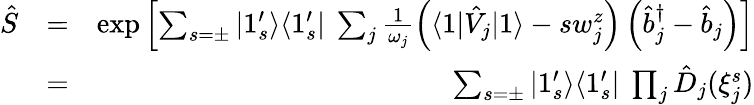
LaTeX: \begin{array}{rlr}{\hat{S}}&{=}&{\exp\left[\sum_{s=\pm}|1_{s}^{\prime}\rangle\langle 1_{s}^{\prime}|\ \sum_{j}\frac{1}{\omega_{j}}\left(\langle 1|\hat{V}_{j}|1\rangle-sw_{j}^{z}\right)\left(\hat{b}_{j}^{\dagger}-\hat{b}_{j}\right)\right]}\\ &{=}&{\sum_{s=\pm}|1_{s}^{\prime}\rangle\langle 1_{s}^{\prime}|\ \prod_{j}\hat{D}_{j}(\xi_{j}^{s})}\end{array}